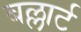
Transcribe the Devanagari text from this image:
बल्लार्ट